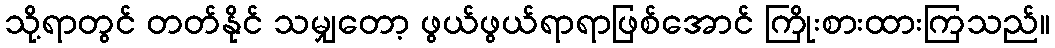
သို့ရာတွင် တတ်နိုင် သမျှတော့ ဖွယ်ဖွယ်ရာရာဖြစ်အောင် ကြိုးစားထားကြသည်။